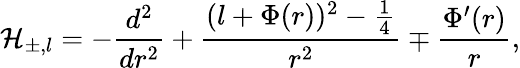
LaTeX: {\cal H}_{\pm,l}=-\displaystyle\frac{d^{2}}{dr^{2}}+\displaystyle\frac{(l+\Phi(r))^{2}-\frac{1}{4}}{r^{2}}\mp\displaystyle\frac{\Phi^{\prime}(r)}{r},